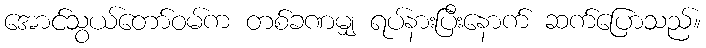
အောင်သွယ်တော်ဝမ်က တစ်ခဏမျှ ရပ်နားပြီးနောက် ဆက်ပြောသည်။